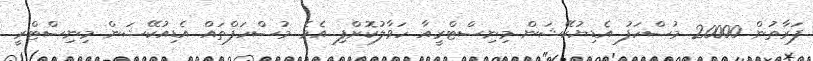
ފަރާތުން 20000 މުސްހަފު އެޑިޔުކޭޝަން މިނިސްޓްރީއާ ހަވާލުކޮށްފި އެވެ. މުސްހަފްތައް އެޑިއުކޭޝަން މިނިސްޓްރީ